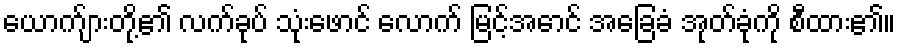
ယောက်ျားတို့၏ လက်ခုပ် သုံးဖောင် လောက် မြင့်အောင် အခြေခံ အုတ်ခုံကို စီထား၏။